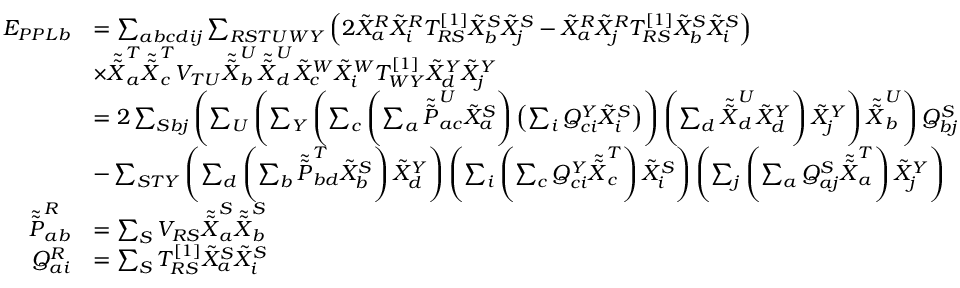
\begin{array} { r l } { E _ { P P L b } } & { = \sum _ { a b c d i j } \sum _ { R S T U W Y } \left( 2 \tilde { X } _ { a } ^ { R } \tilde { X } _ { i } ^ { R } T _ { R S } ^ { [ 1 ] } \tilde { X } _ { b } ^ { S } \tilde { X } _ { j } ^ { S } - \tilde { X } _ { a } ^ { R } \tilde { X } _ { j } ^ { R } T _ { R S } ^ { [ 1 ] } \tilde { X } _ { b } ^ { S } \tilde { X } _ { i } ^ { S } \right) } \\ & { \times \tilde { \tilde { X } } _ { a } ^ { T } \tilde { \tilde { X } } _ { c } ^ { T } V _ { T U } \tilde { \tilde { X } } _ { b } ^ { U } \tilde { \tilde { X } } _ { d } ^ { U } \tilde { X } _ { c } ^ { W } \tilde { X } _ { i } ^ { W } T _ { W Y } ^ { [ 1 ] } \tilde { X } _ { d } ^ { Y } \tilde { X } _ { j } ^ { Y } } \\ & { = 2 \sum _ { S b j } \left( \sum _ { U } \left( \sum _ { Y } \left( \sum _ { c } \left( \sum _ { a } \tilde { \tilde { P } } _ { a c } ^ { U } \tilde { X } _ { a } ^ { S } \right) \left( \sum _ { i } Q _ { c i } ^ { Y } \tilde { X } _ { i } ^ { S } \right) \right) \left( \sum _ { d } \tilde { \tilde { X } } _ { d } ^ { U } \tilde { X } _ { d } ^ { Y } \right) \tilde { X } _ { j } ^ { Y } \right) \tilde { \tilde { X } } _ { b } ^ { U } \right) Q _ { b j } ^ { S } } \\ & { - \sum _ { S T Y } \left( \sum _ { d } \left( \sum _ { b } \tilde { \tilde { P } } _ { b d } ^ { T } \tilde { X } _ { b } ^ { S } \right) \tilde { X } _ { d } ^ { Y } \right) \left( \sum _ { i } \left( \sum _ { c } Q _ { c i } ^ { Y } \tilde { \tilde { X } } _ { c } ^ { T } \right) \tilde { X } _ { i } ^ { S } \right) \left( \sum _ { j } \left( \sum _ { a } Q _ { a j } ^ { S } \tilde { \tilde { X } } _ { a } ^ { T } \right) \tilde { X } _ { j } ^ { Y } \right) } \\ { \tilde { \tilde { P } } _ { a b } ^ { R } } & { = \sum _ { S } V _ { R S } \tilde { \tilde { X } } _ { a } ^ { S } \tilde { \tilde { X } } _ { b } ^ { S } } \\ { Q _ { a i } ^ { R } } & { = \sum _ { S } T _ { R S } ^ { [ 1 ] } \tilde { X } _ { a } ^ { S } \tilde { X } _ { i } ^ { S } } \end{array}